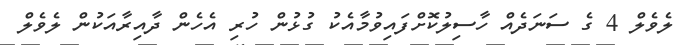
ލެވެލް 4 ގެ ސަނަދެއް ހާސިލުކޮށްފައިވުމާއެކު ގުޅުން ހުރި އެހެން ދާއިރާއަކުން ލެވެލް